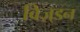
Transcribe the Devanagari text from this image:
विज़्डन